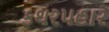
કથરપહાર